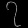
Digit: ၇